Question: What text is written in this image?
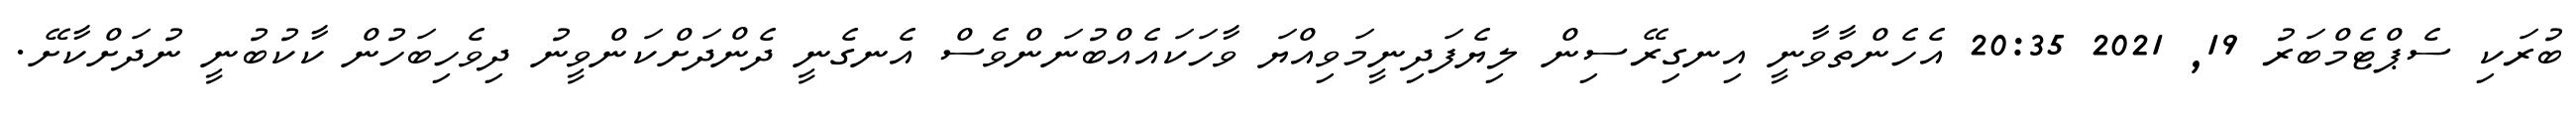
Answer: ބުރަކި ސެޕްޓެމްބަރު 19, 2021 20:35 އެހެންތާވާނީ އިނގިރޭސިން ލިޔެފަދިނީމަވިއްޔަ ވާހަކައެއްބުނަންވެސް އެނގެނީ ދެންދަށްކަންވީނު ދިވެހިބަހުން ކާކުބުނީ ނުދަށްކާށޭ.